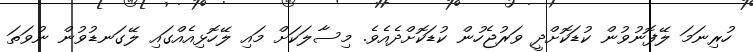
ހުރިނަމަ ލޭފޮނުވުން ކުޑަކޮށްދީ ވަރުޖެހުން ކުޑަކޮށްދެއެވެ. މިސާލަކަށް މައި ލޭހޮޅިއެއްގައި ލޭގަނޑުވުން ނުވަތަ